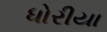
ધોરીયા